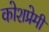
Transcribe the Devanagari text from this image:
कोशप्रेमी